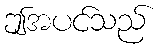
ဤအပင်သည်